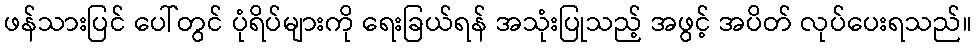
ဖန်သားပြင် ပေါ်တွင် ပုံရိပ်များကို ရေးခြယ်ရန် အသုံးပြုသည့် အဖွင့် အပိတ် လုပ်ပေးရသည်။